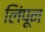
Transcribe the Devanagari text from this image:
लिंपून